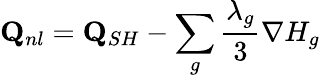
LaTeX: \mathbf{Q}_{nl}=\mathbf{Q}_{SH}-\sum_{g}{\frac{\lambda_{g}}{3}\nabla H_{g}}